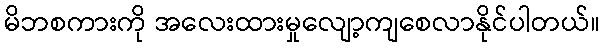
မိဘစကားကို အလေးထားမှုလျော့ကျစေလာနိုင်ပါတယ်။